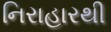
નિરાહારથી